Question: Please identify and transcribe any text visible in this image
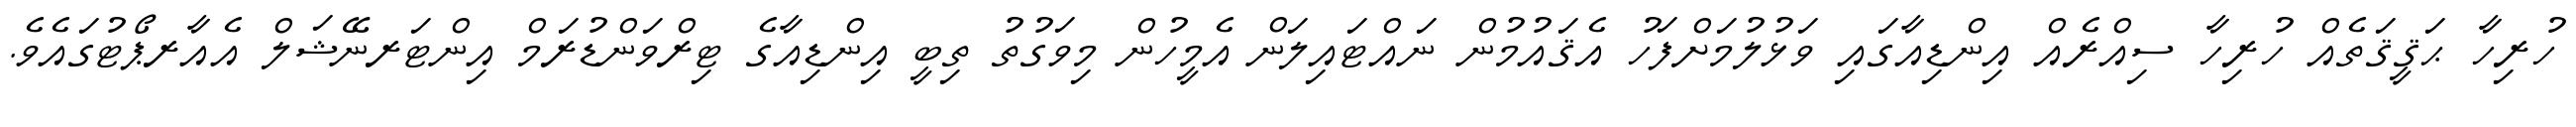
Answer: ހުރިހާ ޙަޤީޤަތެއް ހުރިހާ ސިއްރެއް އިންޑިއާގައި ވަޅުލުމަށްފަހު އެޤައުމުން ނައްޓައިލަން އެމީހުން މިވަގުތު ތިބީ އިންޑިއާގެ ޓިރްވަންޑުރަމް އިންޓަރނޭޝަލް އެއާރޕޯޓުގައެވެ.